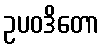
ဥပဝဒိတော